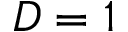
D = 1